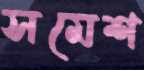
সমেশ